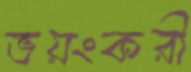
ভয়ংকরী